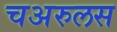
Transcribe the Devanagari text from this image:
चअरुलस